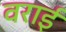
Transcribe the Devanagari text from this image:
वराई